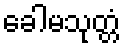
ခေါမသုတ္တံ